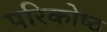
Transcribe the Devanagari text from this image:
परिकोष्‍ठ